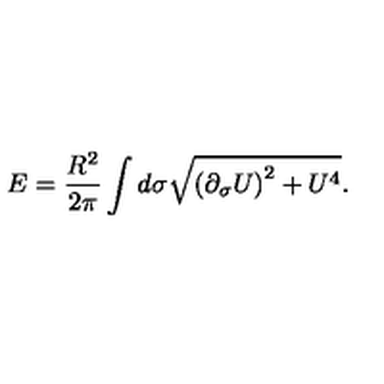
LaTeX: E = \frac { R ^ { 2 } } { 2 \pi } \int d \sigma \sqrt { \left( \partial _ { \sigma } U \right) ^ { 2 } + U ^ { 4 } } .